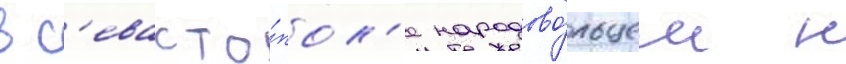
в с'евасто́пол'е народово́льцем н